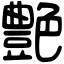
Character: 艶